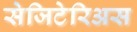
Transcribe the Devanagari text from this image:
सेजिटेरिअस